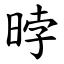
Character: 㫲